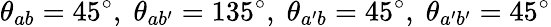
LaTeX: \theta_{ab}=45^{\circ},\; \theta_{ab^{\prime}}=135^{\circ},\; \theta_{a^{\prime}b}=45^{\circ},\; \theta_{a^{\prime}b^{\prime}}=45^{\circ}